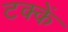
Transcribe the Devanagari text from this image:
टक्कें